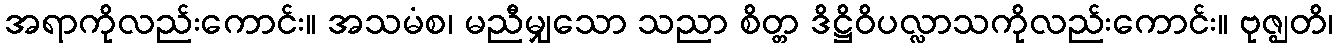
အရာကိုလည်းကောင်း။ အသမံစ၊ မညီမျှသော သညာ စိတ္တ ဒိဋ္ဌိဝိပလ္လာသကိုလည်းကောင်း။ ဗုဇ္ဈတိ၊